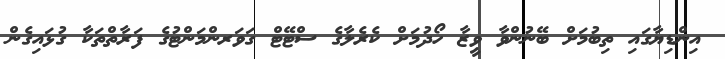
އިންޑިޔާގައި ތިބުމަށް ބޭނުންވާ ވީޒާ ހޯދުމަށް ކެރެލާގެ ސްޓޭޓް ގަވަރންމަންޓުގެ ފަރާތްތަކާ ގުޅައިގެން